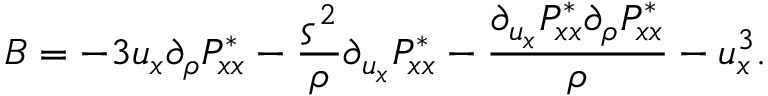
B = - 3 u _ { x } \partial _ { \rho } P _ { x x } ^ { * } - \frac { \varsigma ^ { 2 } } { \rho } \partial _ { u _ { x } } P _ { x x } ^ { * } - \frac { \partial _ { u _ { x } } P _ { x x } ^ { * } \partial _ { \rho } P _ { x x } ^ { * } } { \rho } - u _ { x } ^ { 3 } .